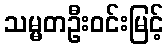
သမ္မတဦးဝင်းမြင့်